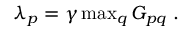
\begin{array} { r } { \lambda _ { p } = \gamma \operatorname* { m a x } _ { q } G _ { p q } \ . } \end{array}